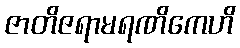
ဇာတိဇရာမရဏိကေဟိ